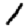
Digit: 1